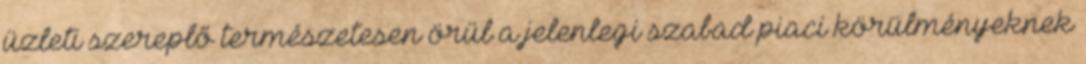
üzleti szereplő természetesen örül a jelenlegi szabad piaci körülményeknek